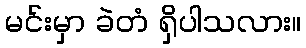
မင်းမှာ ခဲတံ ရှိပါသလား။